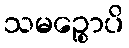
သမဉ္စောပိ